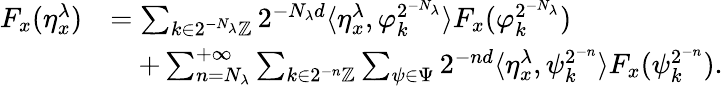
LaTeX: \begin{array}{rl}{F_{x}(\eta_{x}^{\lambda})}&{=\sum_{k\in 2^{-N_{\lambda}}\mathbb{Z}}2^{-N_{\lambda}d}\langle\eta_{x}^{\lambda},\varphi_{k}^{2^{-N_{\lambda}}}\rangle F_{x}(\varphi_{k}^{2^{-N_{\lambda}}})}\\ &{\quad+\sum_{n=N_{\lambda}}^{+\infty}\sum_{k\in 2^{-n}\mathbb{Z}}\sum_{\psi\in\Psi}2^{-nd}\langle\eta_{x}^{\lambda},\psi_{k}^{2^{-n}}\rangle F_{x}(\psi_{k}^{2^{-n}}).}\end{array}